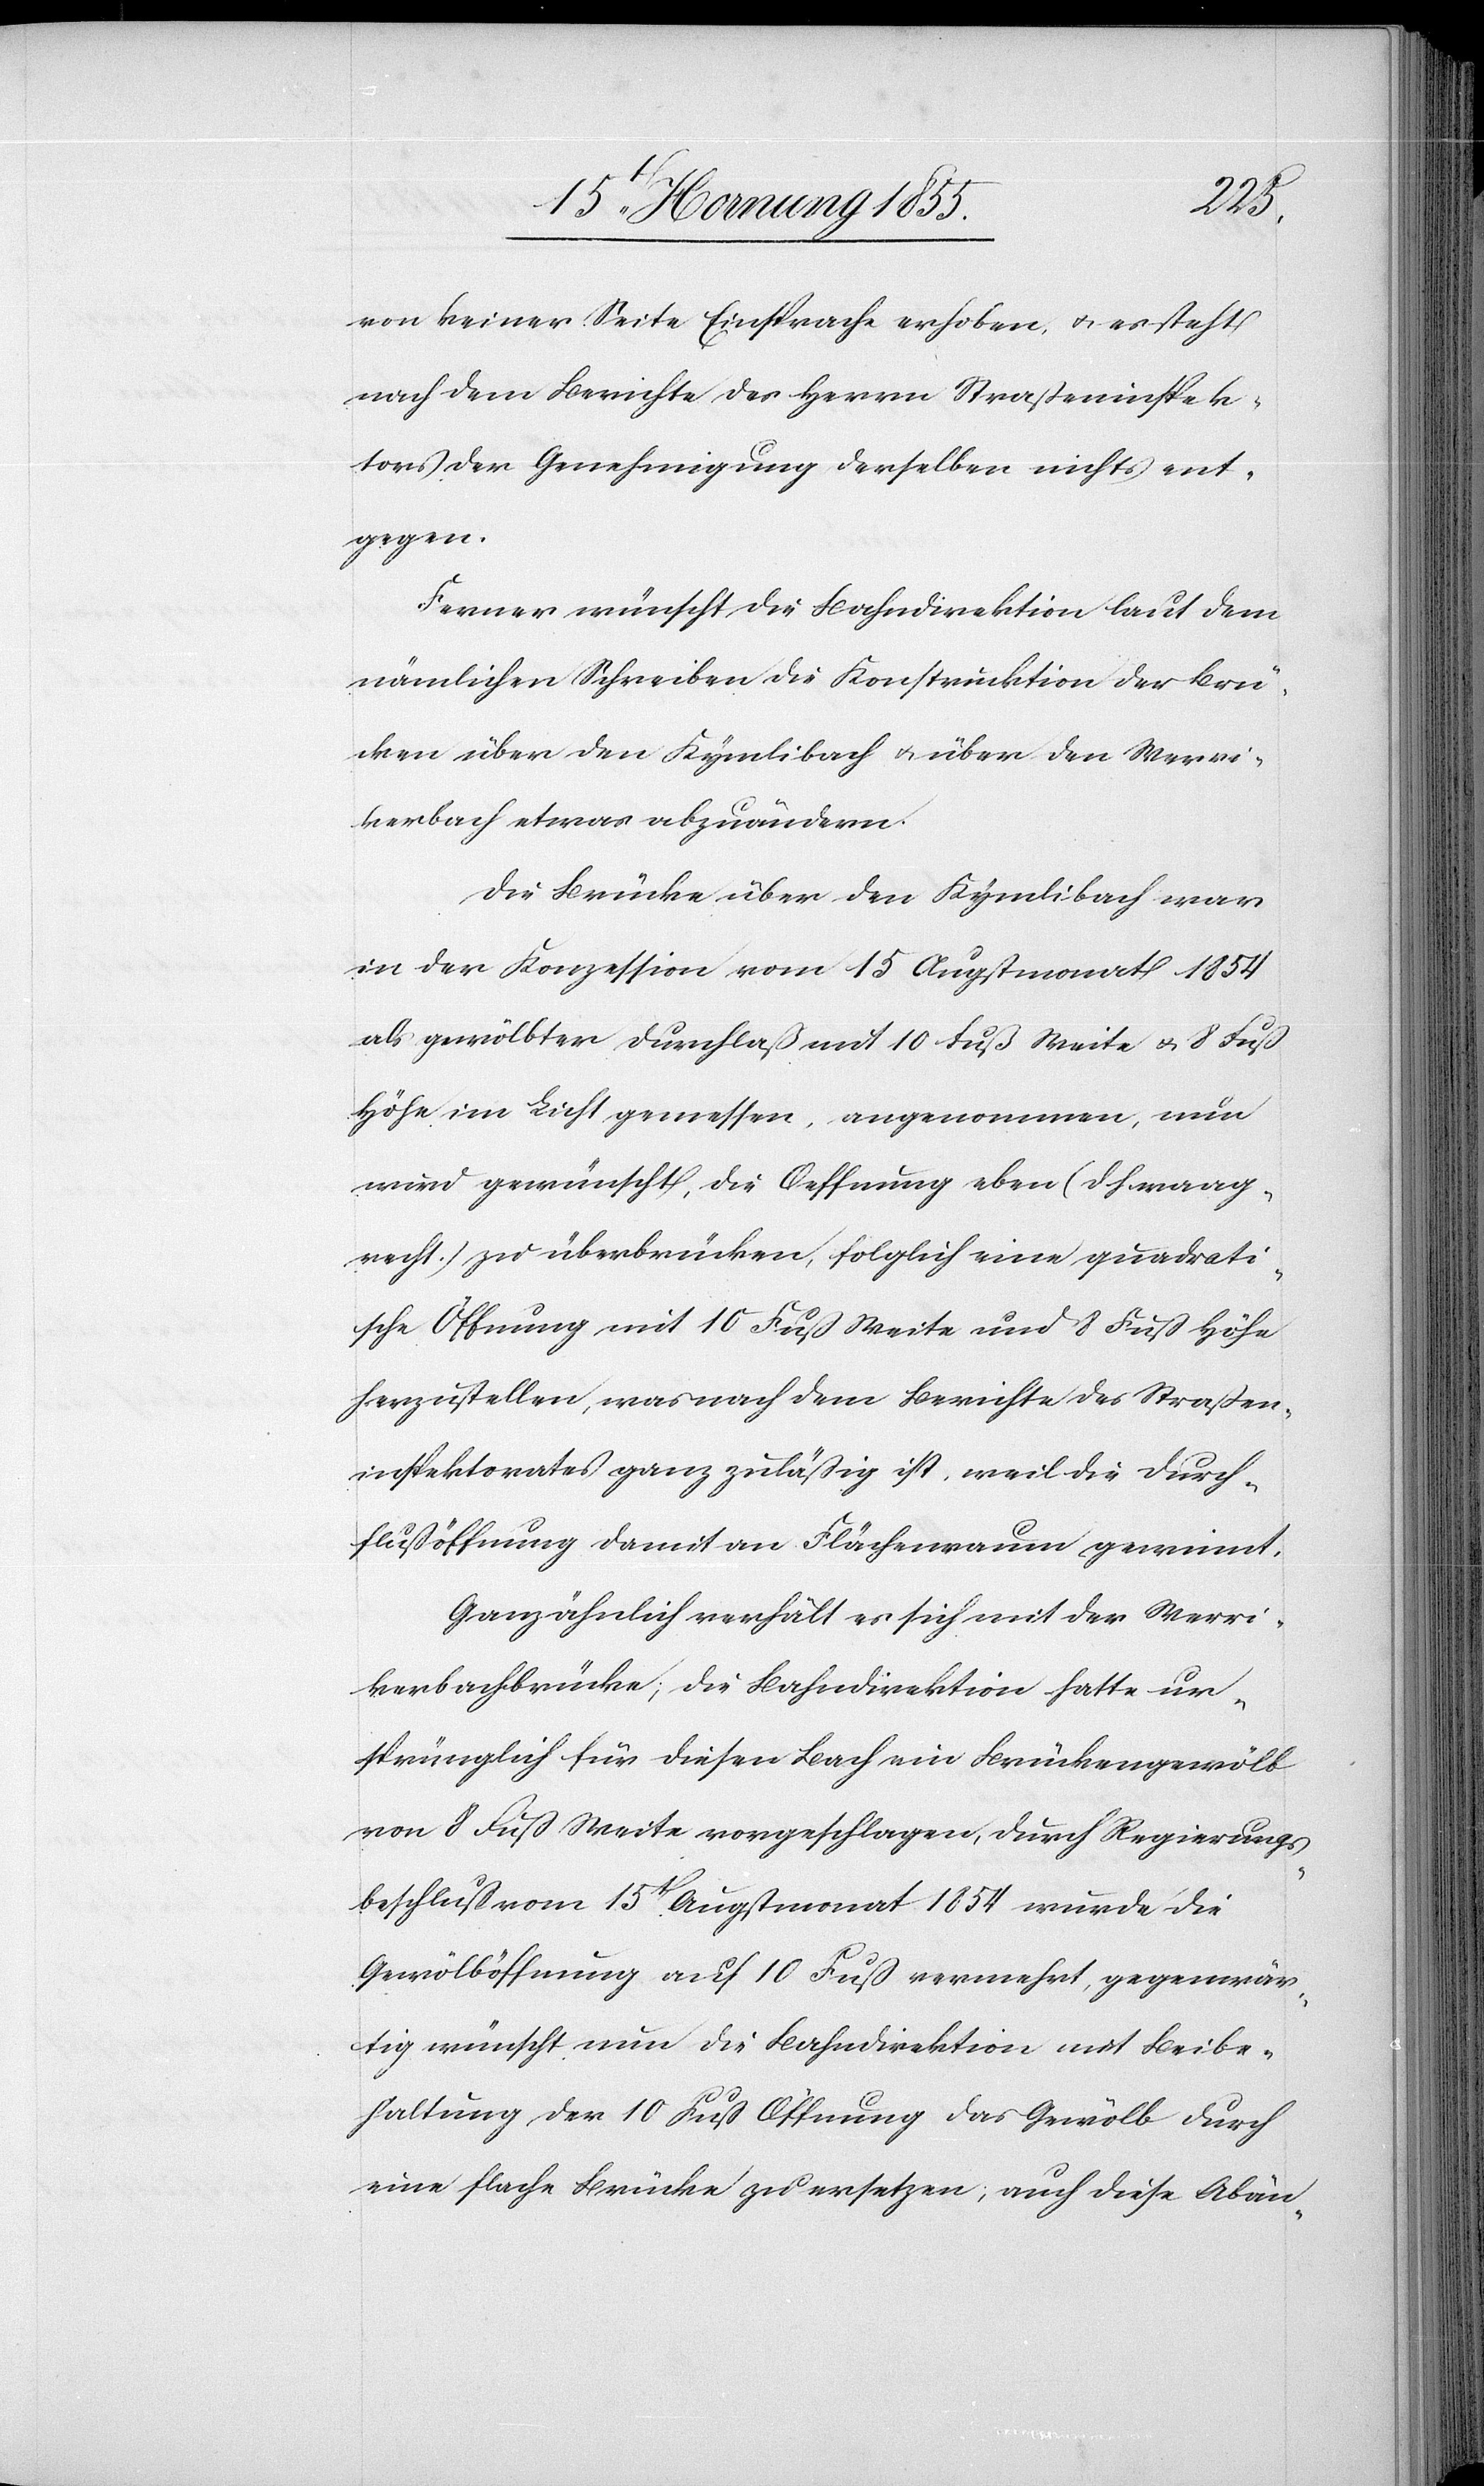
von keiner Seite Einsprache erhoben, & es steht
nach dem Berichte des Herrn Straßeninspek¬
tors der Genehmigung derselben nichts ent¬
gegen.
Ferner wünscht die Bahndirektion laut dem
nämlichen Schreiben die Konstruktion der Brü¬
cken über den Kymlibach & über den Werri¬
kerbach etwas abzuändern.
Die Brücke über den Kymlibach war
in der Konzession vom 15 Augstmonat 1854
als gewölbter Durchlaß mit 10 Fuß Weite & 8 Fuß
Höhe im Licht gemessen, angenommen, nun
wird gewünscht, die Oeffnung eben (d. h. waag¬
recht) zu überbrücken, folglich eine quadrati¬
sche Öffnung mit 10 Fuß Weite und 8 Fuß Höhe
herzustellen, was nach dem Berichte des Straßen¬
inspektorates ganz zulässig ist, weil die Durch¬
flussöffnung damit an Flächenraum gewinnt.
Ganz ähnlich verhält es sich mit der Werri¬
kerbachbrücke; die Bahndirektion hatte ur¬
sprünglich für diesen Bach ein Brückengewölb
von 8 Fuß Weite vorgeschlagen, durch Regierungs¬
beschluss vom 15t[en] Augstmonat 1854 wurde die
Gewölböffnung auf 10 Fuß vermehrt, gegenwär¬
tig wünscht nun die Bahndirektion mit Beibe¬
haltung der 10 Fuß Öffnung das Gewölb durch
eine flache Brücke zu ersetzen; auch diese Abän-